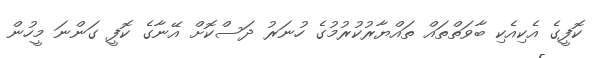
ކޮފީގެ އެކިއެކި ބާވަތްތައް ތައްޔާރުކުރުމުގެ ހުނަރު ދަސްކޮށް އޭނާގެ ކޮފީ ގަންނަ މީހުން